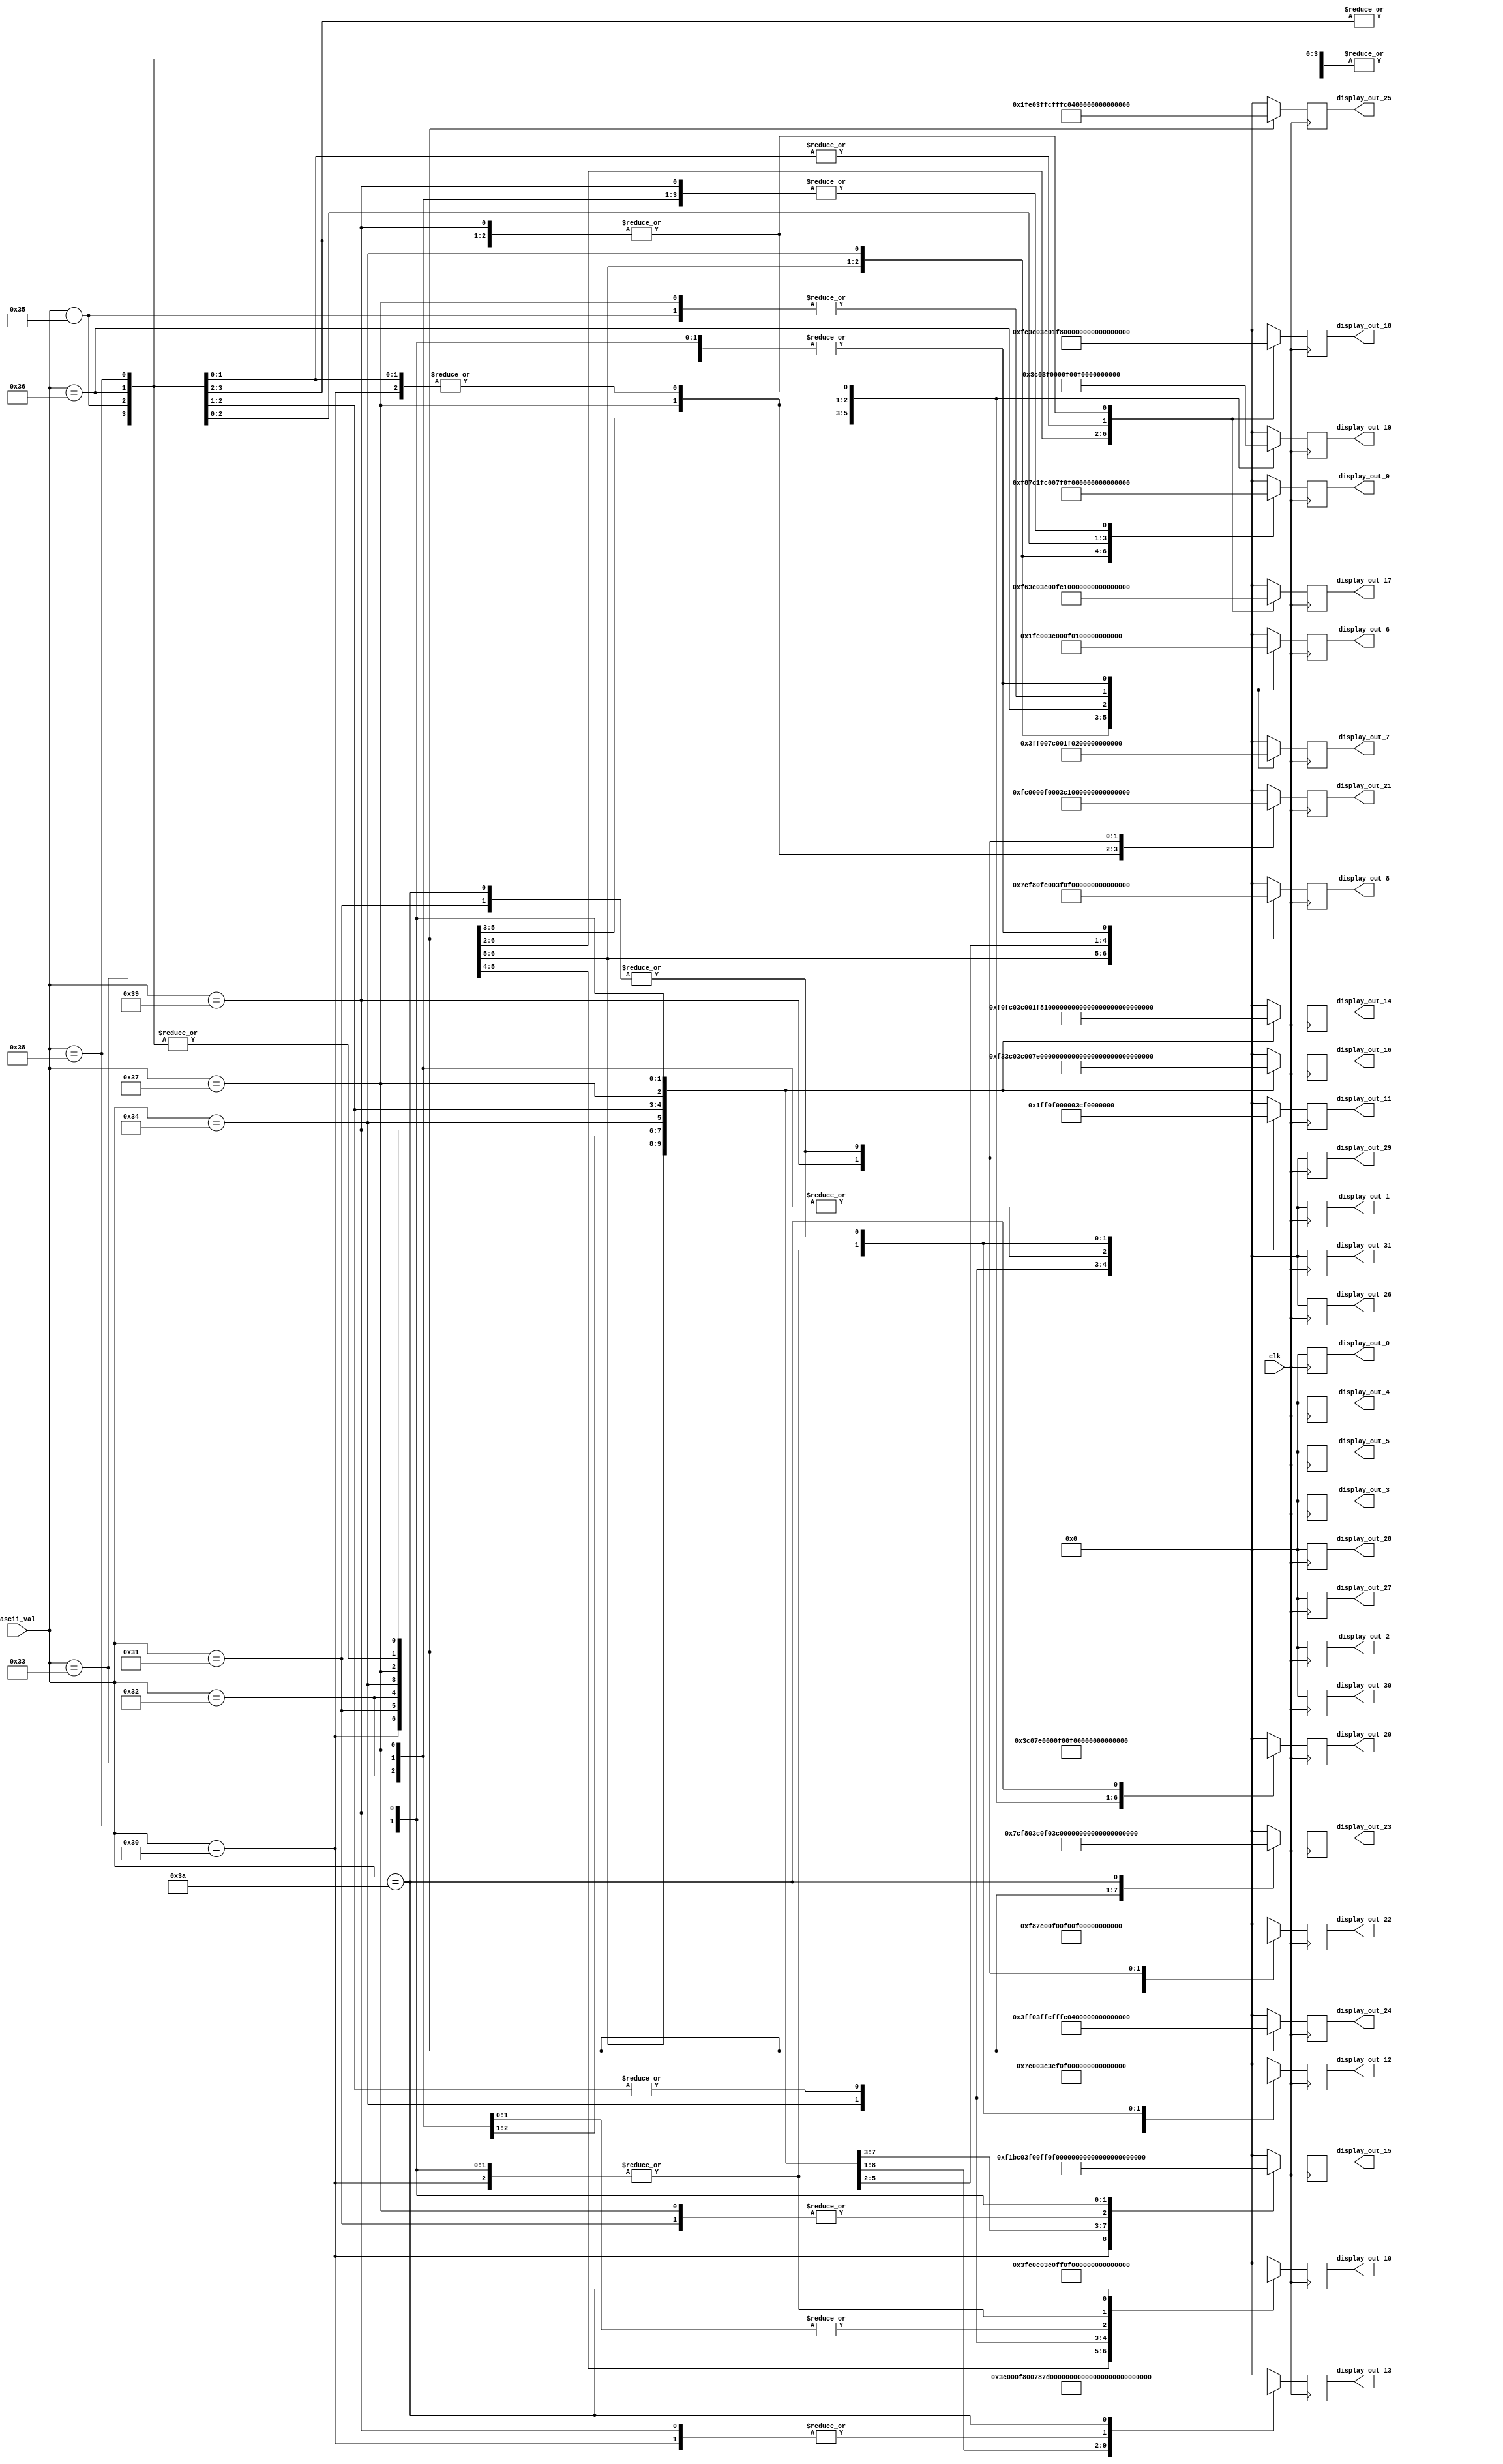
module character_ROM32x16(
// input i_RX_DV,
    input clk,
    input [7:0]ascii_val,
	 output  [15:0]display_out_0,
	 output  [15:0]display_out_1,
	 output  [15:0]display_out_2,
	 output  [15:0]display_out_3,
	 output  [15:0]display_out_4,
	 output  [15:0]display_out_5,
	 output  [15:0]display_out_6,
	 output  [15:0]display_out_7,
	 output  [15:0]display_out_8,
	 output  [15:0]display_out_9,
	 output  [15:0]display_out_10,
	 output  [15:0]display_out_11,
	 output  [15:0]display_out_12,
	 output  [15:0]display_out_13,
	 output  [15:0]display_out_14,
	 output  [15:0]display_out_15,
	 output  [15:0]display_out_16,
	 output  [15:0]display_out_17,
	 output  [15:0]display_out_18,
	 output  [15:0]display_out_19,
	 output  [15:0]display_out_20,
	 output  [15:0]display_out_21,
	 output  [15:0]display_out_22,
	 output  [15:0]display_out_23,
	 output  [15:0]display_out_24,
	 output  [15:0]display_out_25,
	 output  [15:0]display_out_26,
	 output  [15:0]display_out_27,
	 output  [15:0]display_out_28,
	 output  [15:0]display_out_29,
	 output  [15:0]display_out_30,
	 output  [15:0]display_out_31
	 );
	 
reg [15:0]display[0:31];

always@(posedge clk)

case(ascii_val)

        8'h30:begin	
    display[0]=  16'b0000000000000000;
    display[1]=  16'b0000000000000000;		  
	 display[2]=  16'b0000000000000000;
    display[3]=  16'b0000000000000000;
    display[4]=  16'b0000000000000000;
    display[5]=  16'b0000000000000000;
    display[6]=  16'b0001111111100000;
    display[7]=  16'b0011111111110000;
    display[8]=  16'b0111110011111000;
    display[9]=  16'b1111100001111100;
    display[10]= 16'b1111000000111100;
    display[11]= 16'b1111000000111100;
    display[12]= 16'b1111000000111100;
    display[13]= 16'b1111000000111100;
    display[14]= 16'b1111000011111100;
    display[15]= 16'b1111000110111100;
    display[16]= 16'b1111001100111100;
    display[17]= 16'b1111011000111100;
    display[18]= 16'b1111110000111100;
    display[19]= 16'b1111000000111100;
    display[20]= 16'b1111000000111100;
    display[21]= 16'b1111000000111100;
    display[22]= 16'b1111100001111100;
    display[23]= 16'b0111110011111000;
    display[24]= 16'b0011111111110000;
    display[25]= 16'b0001111111100000;
    display[26]= 16'b0000000000000000;
    display[27]= 16'b0000000000000000;
    display[28]= 16'b0000000000000000;
    display[29]= 16'b0000000000000000;
    display[30]= 16'b0000000000000000;
    display[31]= 16'b0000000000000000;
           end
        8'h31:begin
    display[0]=  16'b0000000000000000;
    display[1]=  16'b0000000000000000;		  
	 display[2]=  16'b0000000000000000;
    display[3]=  16'b0000000000000000;
    display[4]=  16'b0000000000000000;
    display[5]=  16'b0000000000000000;
    display[6]=  16'b0000001111000000;
    display[7]=  16'b0000011111000000;
    display[8]=  16'b0000111111000000;
    display[9]=  16'b0001111111000000;
    display[10]= 16'b0011111111000000;
    display[11]= 16'b0000001111000000;
    display[12]= 16'b0000001111000000;
    display[13]= 16'b0000001111000000;
    display[14]= 16'b0000001111000000;
    display[15]= 16'b0000001111000000;
    display[16]= 16'b0000001111000000;
    display[17]= 16'b0000001111000000;
    display[18]= 16'b0000001111000000;
    display[19]= 16'b0000001111000000;
    display[20]= 16'b0000001111000000;
    display[21]= 16'b0000001111000000;
    display[22]= 16'b0000001111000000;
    display[23]= 16'b0000001111000000;
    display[24]= 16'b0011111111111100;
    display[25]= 16'b0011111111111100;
    display[26]= 16'b0000000000000000;
    display[27]= 16'b0000000000000000;
    display[28]= 16'b0000000000000000;
    display[29]= 16'b0000000000000000;
    display[30]= 16'b0000000000000000;
	 display[31]= 16'b0000000000000000;
              end                                                                                                                                                                                              
        8'h32:begin
    display[0]=  16'b0000000000000000;
    display[1]=  16'b0000000000000000;		  
	 display[2]=  16'b0000000000000000;
    display[3]=  16'b0000000000000000;
    display[4]=  16'b0000000000000000;
    display[5]=  16'b0000000000000000;
    display[6]=  16'b0011111111110000;
    display[7]=  16'b0111111111111000;
    display[8]=  16'b1111100001111100;
    display[9]=  16'b1111000000111100;
    display[10]= 16'b1110000000111100;
    display[11]= 16'b0000000000111100;
    display[12]= 16'b0000000001111100;
    display[13]= 16'b0000000011111000;
    display[14]= 16'b0000000111111000;
    display[15]= 16'b0000001111110000;
    display[16]= 16'b0000011111100000;
    display[17]= 16'b0000111111000000;
    display[18]= 16'b0001111110000000;
    display[19]= 16'b0011111100000000;
    display[20]= 16'b0111111000000000;
    display[21]= 16'b1111110000000000;
    display[22]= 16'b1111000000111100;
    display[23]= 16'b1111000000111100;
    display[24]= 16'b1111111111111100;
    display[25]= 16'b1111111111111100;
    display[26]= 16'b0000000000000000;
    display[27]= 16'b0000000000000000;
    display[28]= 16'b0000000000000000;
    display[29]= 16'b0000000000000000;
    display[30]= 16'b0000000000000000;
	 display[31]= 16'b0000000000000000;
                 end
        8'h33:begin
    display[0]=  16'b0000000000000000;
    display[1]=  16'b0000000000000000;		  
	 display[2]=  16'b0000000000000000;
    display[3]=  16'b0000000000000000;
    display[4]=  16'b0000000000000000;
    display[5]=  16'b0000000000000000;
    display[6]=  16'b0011111111110000;
    display[7]=  16'b0111111111111000;
    display[8]=  16'b1111100001111100;
    display[9]=  16'b1111000000111100;
    display[10]= 16'b0000000000111100;
    display[11]= 16'b0000000000111100;
    display[12]= 16'b0000000000111100;
    display[13]= 16'b0000000001111000;
    display[14]= 16'b0000111111110000;
    display[15]= 16'b0000111111110000;
    display[16]= 16'b0000000001111000;
    display[17]= 16'b0000000000111100;
    display[18]= 16'b0000000000111100;
    display[19]= 16'b0000000000111100;
    display[20]= 16'b0000000000111100;
    display[21]= 16'b0000000000111100;
    display[22]= 16'b1111000000111100;
    display[23]= 16'b1111100001111100;
    display[24]= 16'b0111111111111000;
    display[25]= 16'b0011111111110000;
    display[26]= 16'b0000000000000000;
    display[27]= 16'b0000000000000000;
    display[28]= 16'b0000000000000000;
    display[29]= 16'b0000000000000000;
    display[30]= 16'b0000000000000000;
	 display[31]= 16'b0000000000000000;
                end                 
        8'h34:begin
    display[0]=  16'b0000000000000000;
    display[1]=  16'b0000000000000000;		  
	 display[2]=  16'b0000000000000000;
    display[3]=  16'b0000000000000000;
    display[4]=  16'b0000000000000000;
    display[5]=  16'b0000000000000000;
    display[6]=  16'b0000000011110000;
    display[7]=  16'b0000000111110000;
    display[8]=  16'b0000001111110000;
    display[9]=  16'b0000011111110000;
    display[10]= 16'b0000111111110000;
    display[11]= 16'b0001111111110000;
    display[12]= 16'b0011111011110000;
    display[13]= 16'b0111110011110000;
    display[14]= 16'b1111100011110000;
    display[15]= 16'b1111000011110000;
    display[16]= 16'b1111111111111100;
    display[17]= 16'b1111111111111100;
    display[18]= 16'b0000000011110000;
    display[19]= 16'b0000000011110000;
    display[20]= 16'b0000000011110000;
    display[21]= 16'b0000000011110000;
    display[22]= 16'b0000000011110000;
    display[23]= 16'b0000000011110000;
    display[24]= 16'b0000001111111100;
    display[25]= 16'b0000001111111100;
    display[26]= 16'b0000000000000000;
    display[27]= 16'b0000000000000000;
    display[28]= 16'b0000000000000000;
    display[29]= 16'b0000000000000000;
    display[30]= 16'b0000000000000000;
	 display[31]= 16'b0000000000000000;
                    end               
        8'h35:begin
    display[0]=  16'b0000000000000000;
    display[1]=  16'b0000000000000000;		  
	 display[2]=  16'b0000000000000000;
    display[3]=  16'b0000000000000000;
    display[4]=  16'b0000000000000000;
    display[5]=  16'b0000000000000000;
    display[6]=  16'b1111111111111100;
    display[7]=  16'b1111111111111100;
    display[8]=  16'b1111000000000000;
    display[9]=  16'b1111000000000000;
    display[10]= 16'b1111000000000000;
    display[11]= 16'b1111000000000000;
    display[12]= 16'b1111000000000000;
    display[13]= 16'b1111000000000000;
    display[14]= 16'b1111111111100000;	
    display[15]= 16'b1111111111111000;
    display[16]= 16'b0000000001111100;
    display[17]= 16'b0000000000111100;
    display[18]= 16'b0000000000111100;
    display[19]= 16'b0000000000111100;
    display[20]= 16'b0000000000111100;
    display[21]= 16'b0000000000111100;
    display[22]= 16'b1111000000111100;
    display[23]= 16'b1111100001111100;
    display[24]= 16'b0111111111111000;
    display[25]= 16'b0011111111110000;
    display[26]= 16'b0000000000000000;
    display[27]= 16'b0000000000000000;
    display[28]= 16'b0000000000000000;
    display[29]= 16'b0000000000000000;
    display[30]= 16'b0000000000000000;
	 display[31]= 16'b0000000000000000;
                   end           
        8'h36:begin
    display[0]=  16'b0000000000000000;
    display[1]=  16'b0000000000000000;		  
	 display[2]=  16'b0000000000000000;
    display[3]=  16'b0000000000000000;
    display[4]=  16'b0000000000000000;
    display[5]=  16'b0000000000000000;
    display[6]=  16'b0000111111110000;
    display[7]=  16'b0001111111110000;
    display[8]=  16'b0011111000000000;
    display[9]=  16'b0111110000000000;
    display[10]= 16'b1111000000000000;
    display[11]= 16'b1111000000000000;
    display[12]= 16'b1111000000000000;
    display[13]= 16'b1111111111110000;
    display[14]= 16'b1111111111110000;
    display[15]= 16'b1111100001111100;
    display[16]= 16'b1111000000111100;
    display[17]= 16'b1111000000111100;
    display[18]= 16'b1111000000111100;
    display[19]= 16'b1111000000111100;
    display[20]= 16'b1111000000111100;
    display[21]= 16'b1111000000111100;
    display[22]= 16'b1111000000111100;
    display[23]= 16'b1111100001111100;
    display[24]= 16'b0111111111111000;
    display[25]= 16'b0011111111110000;
    display[26]= 16'b0000000000000000;
    display[27]= 16'b0000000000000000;
    display[28]= 16'b0000000000000000;
    display[29]= 16'b0000000000000000;
    display[30]= 16'b0000000000000000;
    display[31]= 16'b0000000000000000;	 
                          end
        8'h37:begin
    display[0]=  16'b0000000000000000;
    display[1]=  16'b0000000000000000;		  
	 display[2]=  16'b0000000000000000;
    display[3]=  16'b0000000000000000;
    display[4]=  16'b0000000000000000;
    display[5]=  16'b0000000000000000;
    display[6]=  16'b1111111111111100;
    display[7]=  16'b1111111111111100;
    display[8]=  16'b1111000000111100;
    display[9]=  16'b1111000000111100;           ;
    display[10]= 16'b0000000000111100;
    display[11]= 16'b0000000000111100;
    display[12]= 16'b0000000001111000;
    display[13]= 16'b0000000011110000;
    display[14]= 16'b0000000111100000;
    display[15]= 16'b0000001111000000;
    display[16]= 16'b0000011110000000;
    display[17]= 16'b0000111110000000;
    display[18]= 16'b0000111100000000;
    display[19]= 16'b0000111100000000;
    display[20]= 16'b0000111100000000;
    display[21]= 16'b0000111100000000;
    display[22]= 16'b0000111100000000;
    display[23]= 16'b0000111100000000;
    display[24]= 16'b0000111100000000;
    display[25]= 16'b0000111100000000;
    display[26]= 16'b0000000000000000;
    display[27]= 16'b0000000000000000;
    display[28]= 16'b0000000000000000;
    display[29]= 16'b0000000000000000;
    display[30]= 16'b0000000000000000;
    display[31]= 16'b0000000000000000;    
                       end                                                      
        8'h38:begin
    display[0]=  16'b0000000000000000;
    display[1]=  16'b0000000000000000;		  
	 display[2]=  16'b0000000000000000;
    display[3]=  16'b0000000000000000;
    display[4]=  16'b0000000000000000;
    display[5]=  16'b0000000000000000;
    display[6]=  16'b0011111111110000;
    display[7]=  16'b0111111111111000;
    display[8]=  16'b1111100001111100;
    display[9]=  16'b0111110000111110;
    display[10]= 16'b1111000000111100;
    display[11]= 16'b1111000000111100;
    display[12]= 16'b1111000000111100;
    display[13]= 16'b0111100001111000;
    display[14]= 16'b0011111111110000;
    display[15]= 16'b0011111111110000;
    display[16]= 16'b0111100001111000;
    display[17]= 16'b1111000000111100;
    display[18]= 16'b1111000000111100;
    display[19]= 16'b1111000000111100;
    display[20]= 16'b1111000000111100;
    display[21]= 16'b1111000000111100;
    display[22]= 16'b1111000000111100;
    display[23]= 16'b1111100001111100;
    display[24]= 16'b0111111111111000;
    display[25]= 16'b0011111111110000;
    display[26]= 16'b0000000000000000;
    display[27]= 16'b0000000000000000;
    display[28]= 16'b0000000000000000;
    display[29]= 16'b0000000000000000;
    display[30]= 16'b0000000000000000;
	 display[31]= 16'b0000000000000000;
                            end                                                   
        8'h39:begin
    display[0]=  16'b0000000000000000;
    display[1]=  16'b0000000000000000;		  
	 display[2]=  16'b0000000000000000;
    display[3]=  16'b0000000000000000;
    display[4]=  16'b0000000000000000;
    display[5]=  16'b0000000000000000;
    display[6]=  16'b0011111111110000;
    display[7]=  16'b0111111111111000;
    display[8]=  16'b1111100001111100;
    display[9]=  16'b1111000000111100;
    display[10]= 16'b1111000000111100;
    display[11]= 16'b1111000000111100;
    display[12]= 16'b1111000000111100;
    display[13]= 16'b1111000000111100;
    display[14]= 16'b1111100001111100;
    display[15]= 16'b0111111111111100;
    display[16]= 16'b0111111111111100;
    display[17]= 16'b0000000000111100;
    display[18]= 16'b0000000000111100;
    display[19]= 16'b0000000000111100;
    display[20]= 16'b0000000000111100;
    display[21]= 16'b0000000001111100;
    display[22]= 16'b0000000011111000;
    display[23]= 16'b0000000111110000;
    display[24]= 16'b0011111111100000;
    display[25]= 16'b0011111111000000;
    display[26]= 16'b0000000000000000;
    display[27]= 16'b0000000000000000;
    display[28]= 16'b0000000000000000;
    display[29]= 16'b0000000000000000;
    display[30]= 16'b0000000000000000;
	 display[31]= 16'b0000000000000000;
                       end    
8'h3A:begin
    display[0]=  16'b0000000000000000;
    display[1]=  16'b0000000000000000;		  
	 display[2]=  16'b0000000000000000;
    display[3]=  16'b0000000000000000;
    display[4]=  16'b0000000000000000;
    display[5]=  16'b0000000000000000;
    display[6]=  16'b0000000000000000;
    display[7]=  16'b0000000000000000;
    display[8]=  16'b0000000000000000;
    display[9]=  16'b0000000000000000;
    display[10]= 16'b0000000110000000;
    display[11]= 16'b0000001111000000;
    display[12]= 16'b0000001111000000;
    display[13]= 16'b0000000110000000;
    display[14]= 16'b0000000000000000;
    display[15]= 16'b0000000000000000;
    display[16]= 16'b0000000000000000;
    display[17]= 16'b0000000000000000;
    display[18]= 16'b0000000000000000;
    display[19]= 16'b0000000000000000;
    display[20]= 16'b0000000110000000;
    display[21]= 16'b0000001111000000;
    display[22]= 16'b0000001111000000;
    display[23]= 16'b0000000110000000;
    display[24]= 16'b0000000000000000;
    display[25]= 16'b0000000000000000;
    display[26]= 16'b0000000000000000;
    display[27]= 16'b0000000000000000;
    display[28]= 16'b0000000000000000;
    display[29]= 16'b0000000000000000;
    display[30]= 16'b0000000000000000;
	 display[31]= 16'b0000000000000000;
                       end    							  
                default: 	 begin
    display[0]=  16'b0000000000000000;
    display[1]=  16'b0000000000000000;		  
	 display[2]=  16'b0000000000000000;
    display[3]=  16'b0000000000000000;
    display[4]=  16'b0000000000000000;
    display[5]=  16'b0000000000000000;
    display[6]=  16'b0000000000000000;
    display[7]=  16'b0000000000000000;
    display[8]=  16'b0000000000000000;
    display[9]=  16'b0000000000000000;
    display[10]= 16'b0000000000000000;
    display[11]= 16'b0000000000000000;
    display[12]= 16'b0000000000000000;
    display[13]= 16'b0000000000000000;
    display[14]= 16'b0000000000000000;
    display[15]= 16'b0000000000000000;
    display[16]= 16'b0000000000000000;
    display[17]= 16'b0000000000000000;
    display[18]= 16'b0000000000000000;
    display[19]= 16'b0000000000000000;
    display[20]= 16'b0000000000000000;
    display[21]= 16'b0000000000000000;
    display[22]= 16'b0000000000000000;
    display[23]= 16'b0000000000000000;
    display[24]= 16'b0000000000000000;
    display[25]= 16'b0000000000000000;
    display[26]= 16'b0000000000000000;
    display[27]= 16'b0000000000000000;
    display[28]= 16'b0000000000000000;
    display[29]= 16'b0000000000000000;
    display[30]= 16'b0000000000000000;
	 display[31]= 16'b0000000000000000;	 
                          		end						
																
endcase


assign display_out_0=display[0];
assign display_out_1=display[1];
assign display_out_2=display[2];
assign display_out_3=display[3];
assign display_out_4=display[4];
assign display_out_5=display[5];
assign display_out_6=display[6];
assign display_out_7=display[7];
assign display_out_8=display[8];
assign display_out_9=display[9];
assign display_out_10=display[10];
assign display_out_11=display[11];
assign display_out_12=display[12];
assign display_out_13=display[13];
assign display_out_14=display[14];
assign display_out_15=display[15];
assign display_out_16=display[16];
assign display_out_17=display[17];
assign display_out_18=display[18];
assign display_out_19=display[19];
assign display_out_20=display[20];
assign display_out_21=display[21];
assign display_out_22=display[22];
assign display_out_23=display[23];
assign display_out_24=display[24];
assign display_out_25=display[25];
assign display_out_26=display[26];
assign display_out_27=display[27];
assign display_out_28=display[28];
assign display_out_29=display[29];
assign display_out_30=display[30];
assign display_out_31=display[31];

endmodule